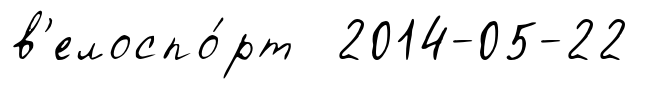
в'елоспо́рт 2014-05-22